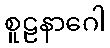
စူဠနာဂေါ